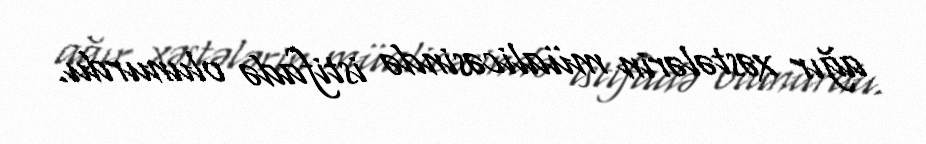
ağır xəstələrin müalicəsində istifadə olunurdu.